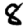
Digit: 8